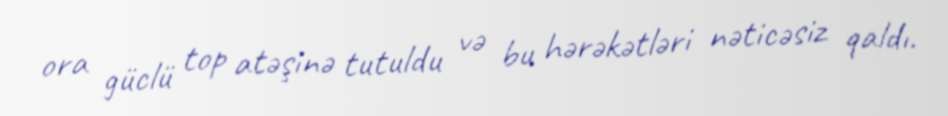
ora güclü top atəşinə tutuldu və bu hərəkətləri nəticəsiz qaldı.